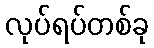
လုပ်ရပ်တစ်ခု